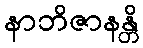
နာဘိဇာနန္တိ